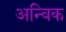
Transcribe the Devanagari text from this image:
अन्विक